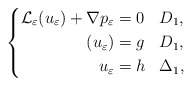
\begin{align*}\left\{\aligned \mathcal{L}_\varepsilon(u_\varepsilon) +\nabla p_\varepsilon &=0&& D_1,\\ (u_\varepsilon) &=g && D_1,\\ u_\varepsilon& =h && \Delta_1,\endaligned\right.\end{align*}